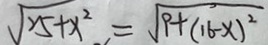
\sqrt { 2 5 + x ^ { 2 } } = \sqrt { 9 + ( 1 6 - x ) ^ { 2 } }